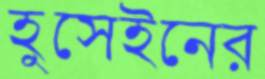
হুসেইনের